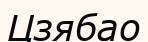
Цзябао